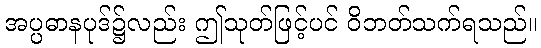
အပ္ပဓာနပုဒ်၌လည်း ဤသုတ်ဖြင့်ပင် ဝိဘတ်သက်ရသည်။